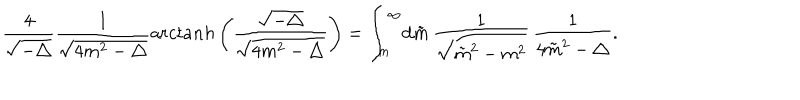
LaTeX: \frac { 4 } { \sqrt { - \triangle } } \frac { 1 } { \sqrt { 4 m ^ { 2 } - \triangle } } { \mathrm a r c t a n h } \left( \frac { \sqrt { - \triangle } } { \sqrt { 4 m ^ { 2 } - \triangle } } \right) = \int _ { m } ^ { \infty } \! { \mathrm d } \tilde { m } \, \frac { 1 } { \sqrt { { \tilde { m } } ^ { 2 } - m ^ { 2 } } } \, \frac { 1 } { 4 { \tilde { m } } ^ { 2 } - \triangle } .